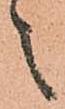
之